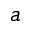
a